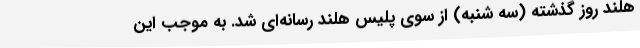
هلند روز گذشته (سه شنبه) از سوی پلیس هلند رسانه‌ای شد. به موجب این